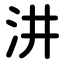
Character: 汫